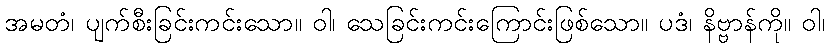
အမတံ၊ ပျက်စီးခြင်းကင်းသော။ ဝါ၊ သေခြင်းကင်းကြောင်းဖြစ်သော။ ပဒံ၊ နိဗ္ဗာန်ကို။ ဝါ၊